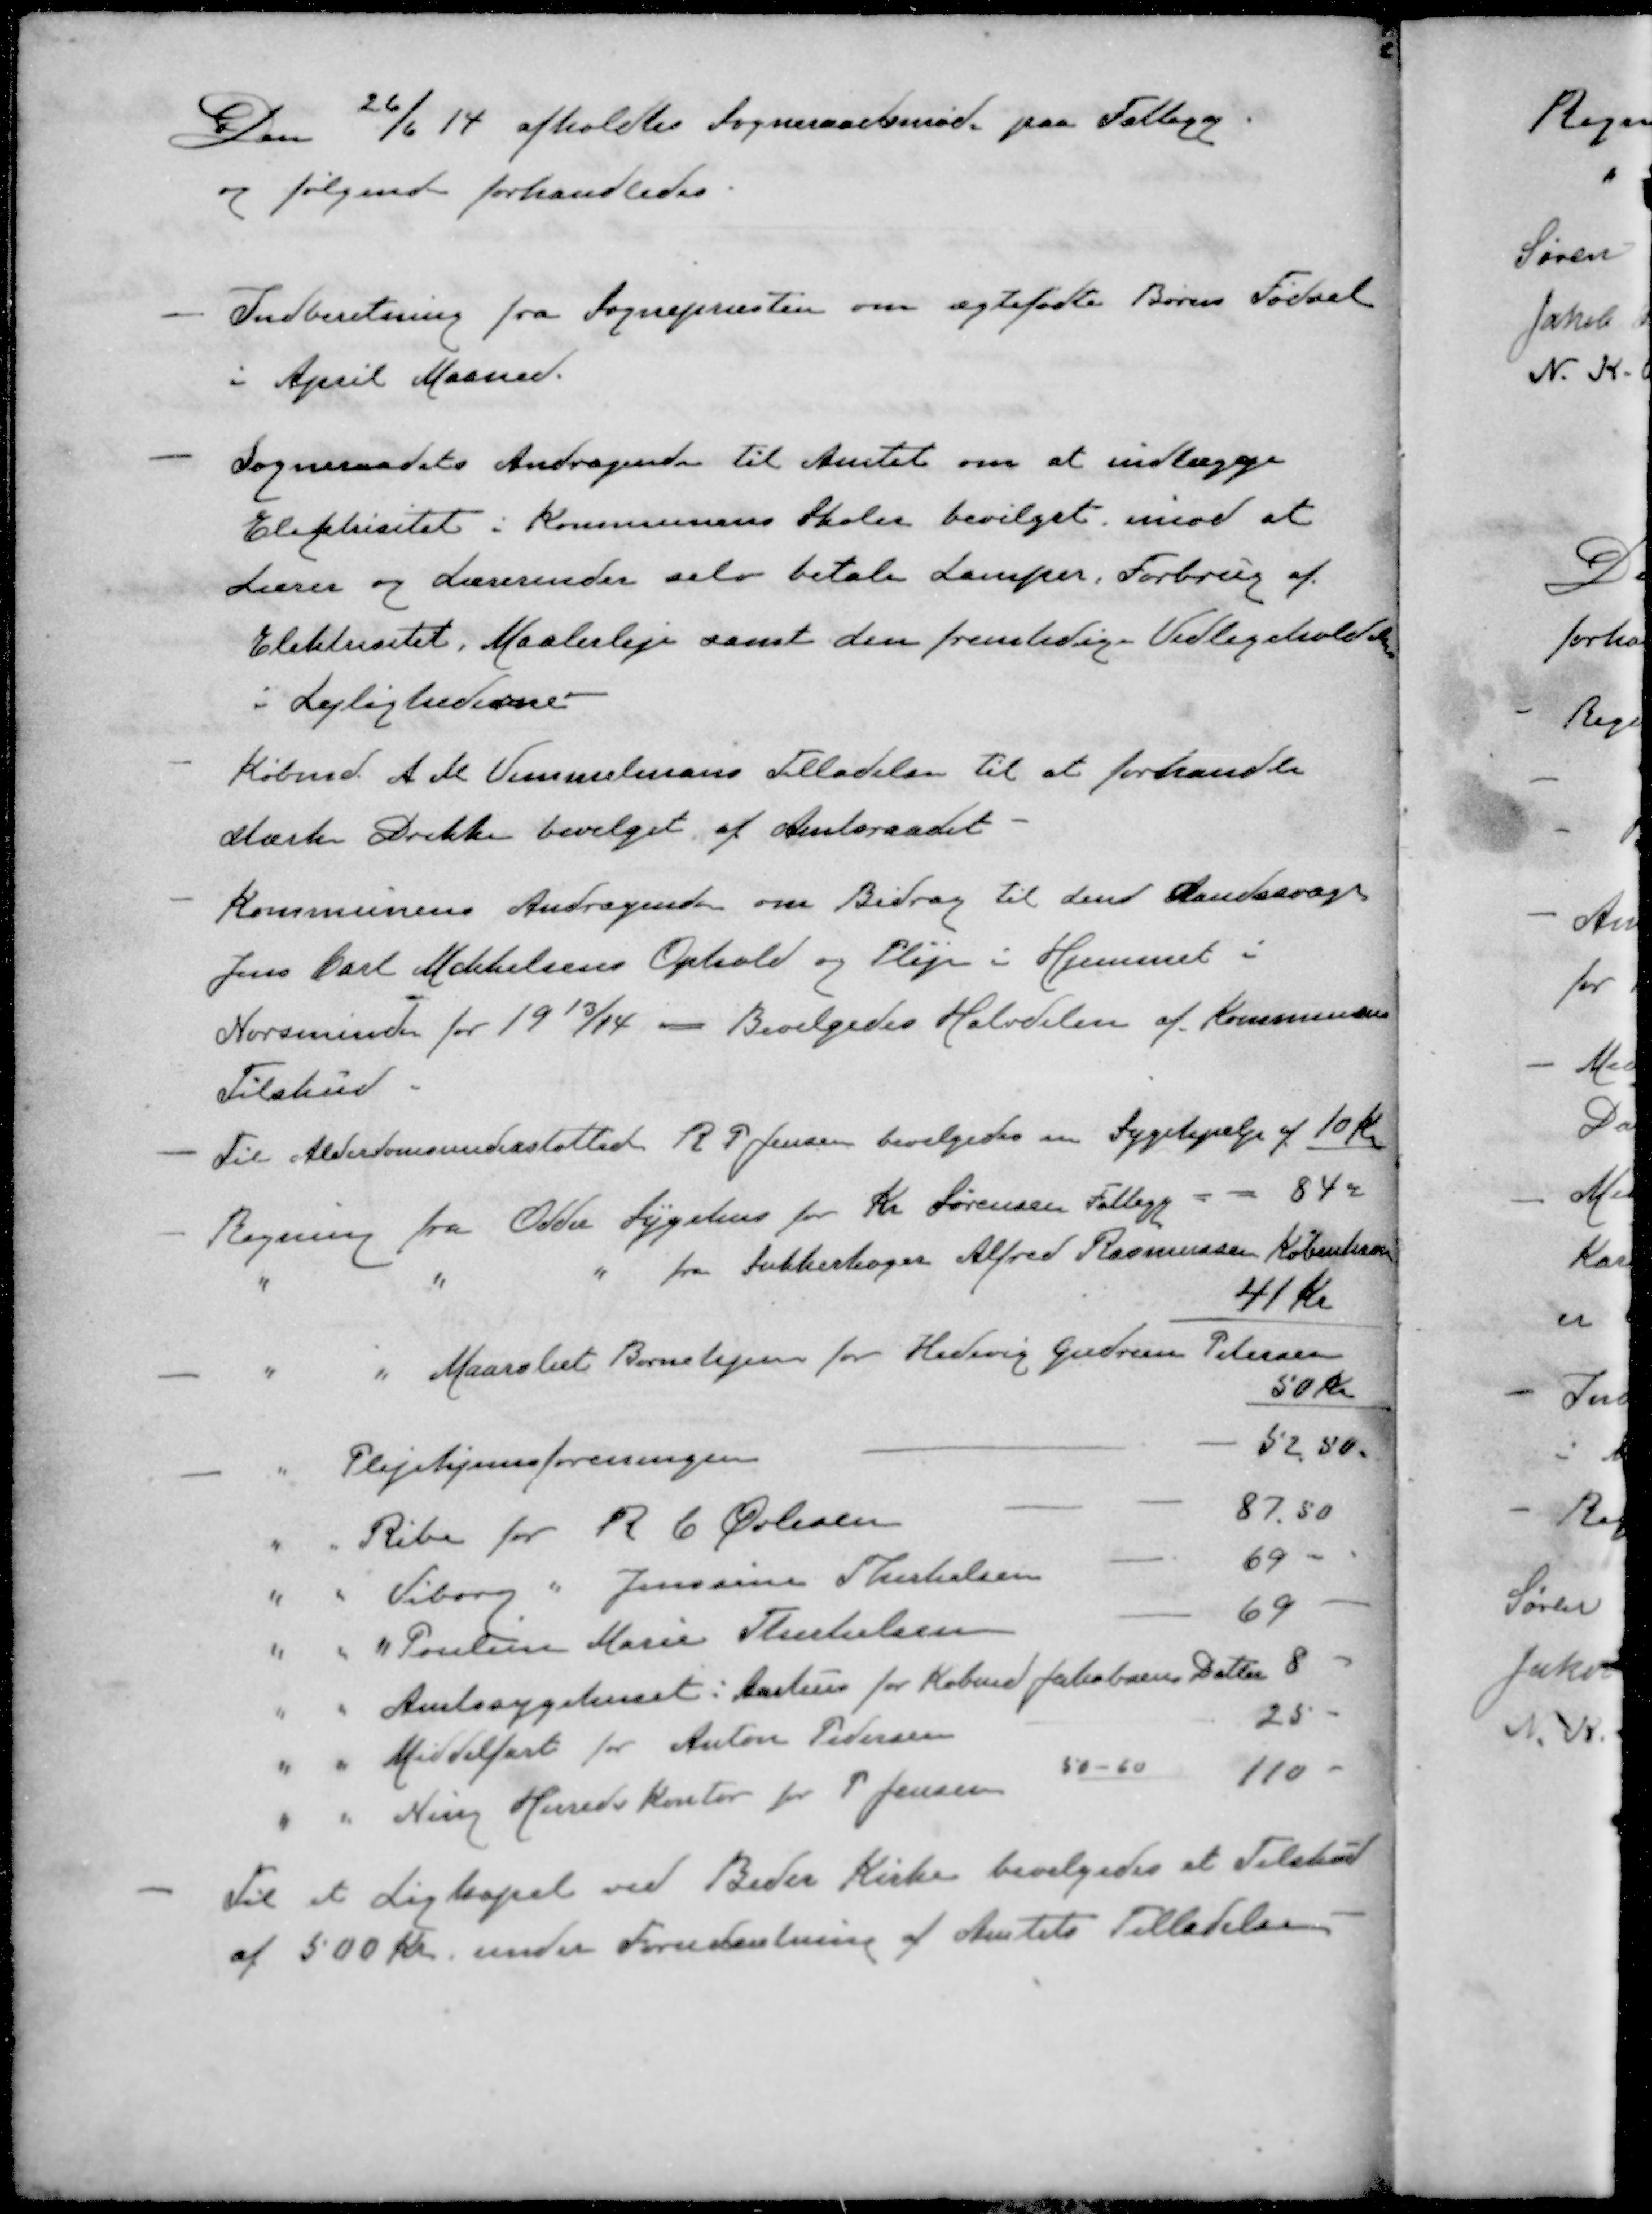
Transskription:
Den 26/6 14 afholdtes Sogneraadsmøde paa Fattigg
og følgende forhandledes
- Indberetning fra Sognepræsten om ægtefødte Børns Fødsel
i April Maaned.
- Sogneraadets Andragende til Amtet om at indlægge
Elektricitet i Kommunens Skoler bevilget imod at
Lærer og Lærerinder selv betale Lamper, Forbrug af
Elektrisitet, Maalerleje samt den fremtidige Vedligeholde
i Lejlighederne
- Købmd. A. M. Vimmelmans Tilladelsen til at forhandle
stærke Drikke bevilget af Amtsraadet
- Kommunens Andragende om Bidrag til den Aandssvage
Jens Carl Mikkelsens Ophold og Pleje i Hjemmet i
Norsminde for 1913/14 - Bevilgedes Halvdelen af Kommunens
Tilskud.
- Til Alderdomsunderstøttede R P Jensen bevilgedes en Sygehjælp af 10 Kr
- Regning fra Odder Sygehus for Kr. Sørensen Fattigg 84 "
" " " fra Sukkerbager Alfred Rasmussen København
41 kr
" " Maarslet Børnehjem for Hedevig Gudrun Petersen
50 Kr.
- " Plejehjemsforeningen 52,50.
" " Ribe for R C Øvlesen 87,50
" " Viborg " Jenssine Therkelsen 69 -
" " " Pouline Marie Therkelsen 69
" " Amtssygehuset i Aarhus for Købmd Jakobsens Datter 8
" " Middelfart for Anton Pedersen 25 -
" " Ning Herredskontor for P. Jensen 50-50 110 -
- Til et Ligkapel ved Beder Kirke bevilgedes at Tilskud
af 500 Kr under Forudsætning af Amtets Tilladelse